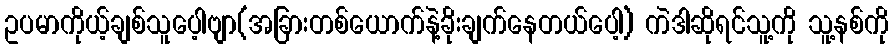
ဥပမာကိုယ့်ချစ်သူပေ့ါဗျာ(အခြားတစ်ယောက်နဲ့ခိုးချက်နေတယ်ပေါ့) ကဲဒါဆိုရင်သူ့ကို သူ့နစ်ကို